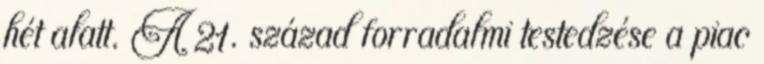
hét alatt. A 21. század forradalmi testedzése a piac